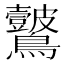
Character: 𪈞